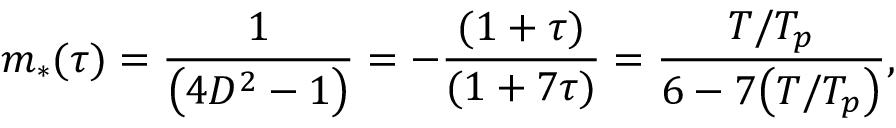
\begin{array} { c c c } { \displaystyle { m _ { * } ( \tau ) = \frac { 1 } { \big ( 4 D ^ { 2 } - 1 \big ) } = - \frac { ( 1 + \tau ) } { ( 1 + 7 \tau ) } = \frac { T / T _ { p } } { 6 - 7 \big ( T / T _ { p } \big ) } , } } \end{array}